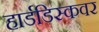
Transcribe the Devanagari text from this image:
हार्डडिस्कवर